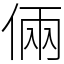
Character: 倆